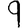
Digit: 9